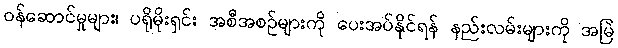
ဝန်ဆောင်မှုများ၊ ပရိုမိုးရှင်း အစီအစဉ်များကို ပေးအပ်နိုင်ရန် နည်းလမ်းများကို အမြဲ